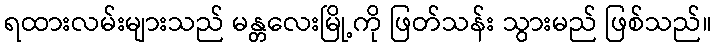
ရထားလမ်းများသည် မန္တလေးမြို့ကို ဖြတ်သန်း သွားမည် ဖြစ်သည်။